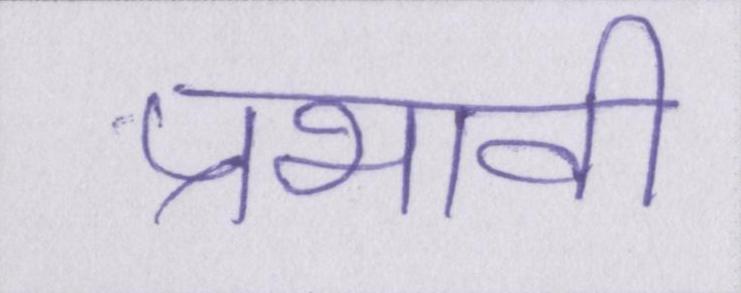
प्रभावी